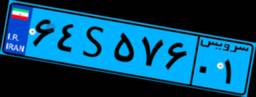
۶۴S۵۷۶۰۱